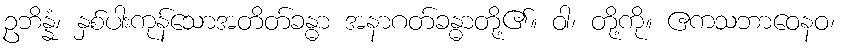
ဥဘိန္နံ၊ နှစ်ပါးကုန်သောအတိတ်ခန္ဓာ အနာဂတ်ခန္ဓာတို့၏။ ဝါ၊ တို့ကို။ ဧကသဘာဝေနဝ၊